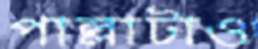
পাল্লাটাও